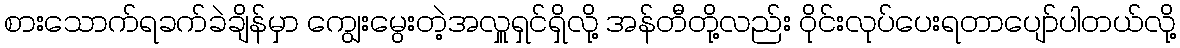
စားသောက်ရခက်ခဲချိန်မှာ ကျွေးမွေးတဲ့အလှူရှင်ရှိလို့ အန်တီတို့လည်း ဝိုင်းလုပ်ပေးရတာပျော်ပါတယ်လို့